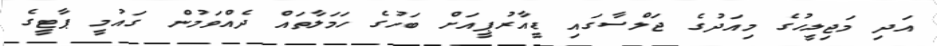
އަދި މަޖިލީހުގެ މިއަދުގެ ޖަލްސާގައި ޑީއާރުޕީއަށް ބަހުގެ ހަމަލާތައް ދެއްވަމުން ގައުމީ ޕާޓީގެ